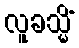
လူခသ္မိံ